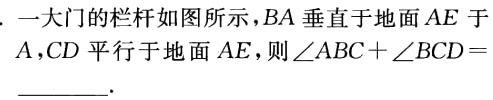
. 一大门的栏杆如图所示，$BA$垂直于地面$AE$于$A$，$CD$平行于地面$AE$，则$\angle ABC + \angle BCD=$________.